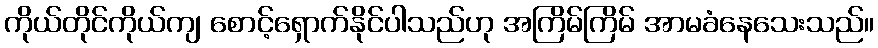
ကိုယ်တိုင်ကိုယ်ကျ စောင့်ရှောက်နိုင်ပါသည်ဟု အကြိမ်ကြိမ် အာမခံနေသေးသည်။